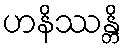
ဟနိဿန္တိ